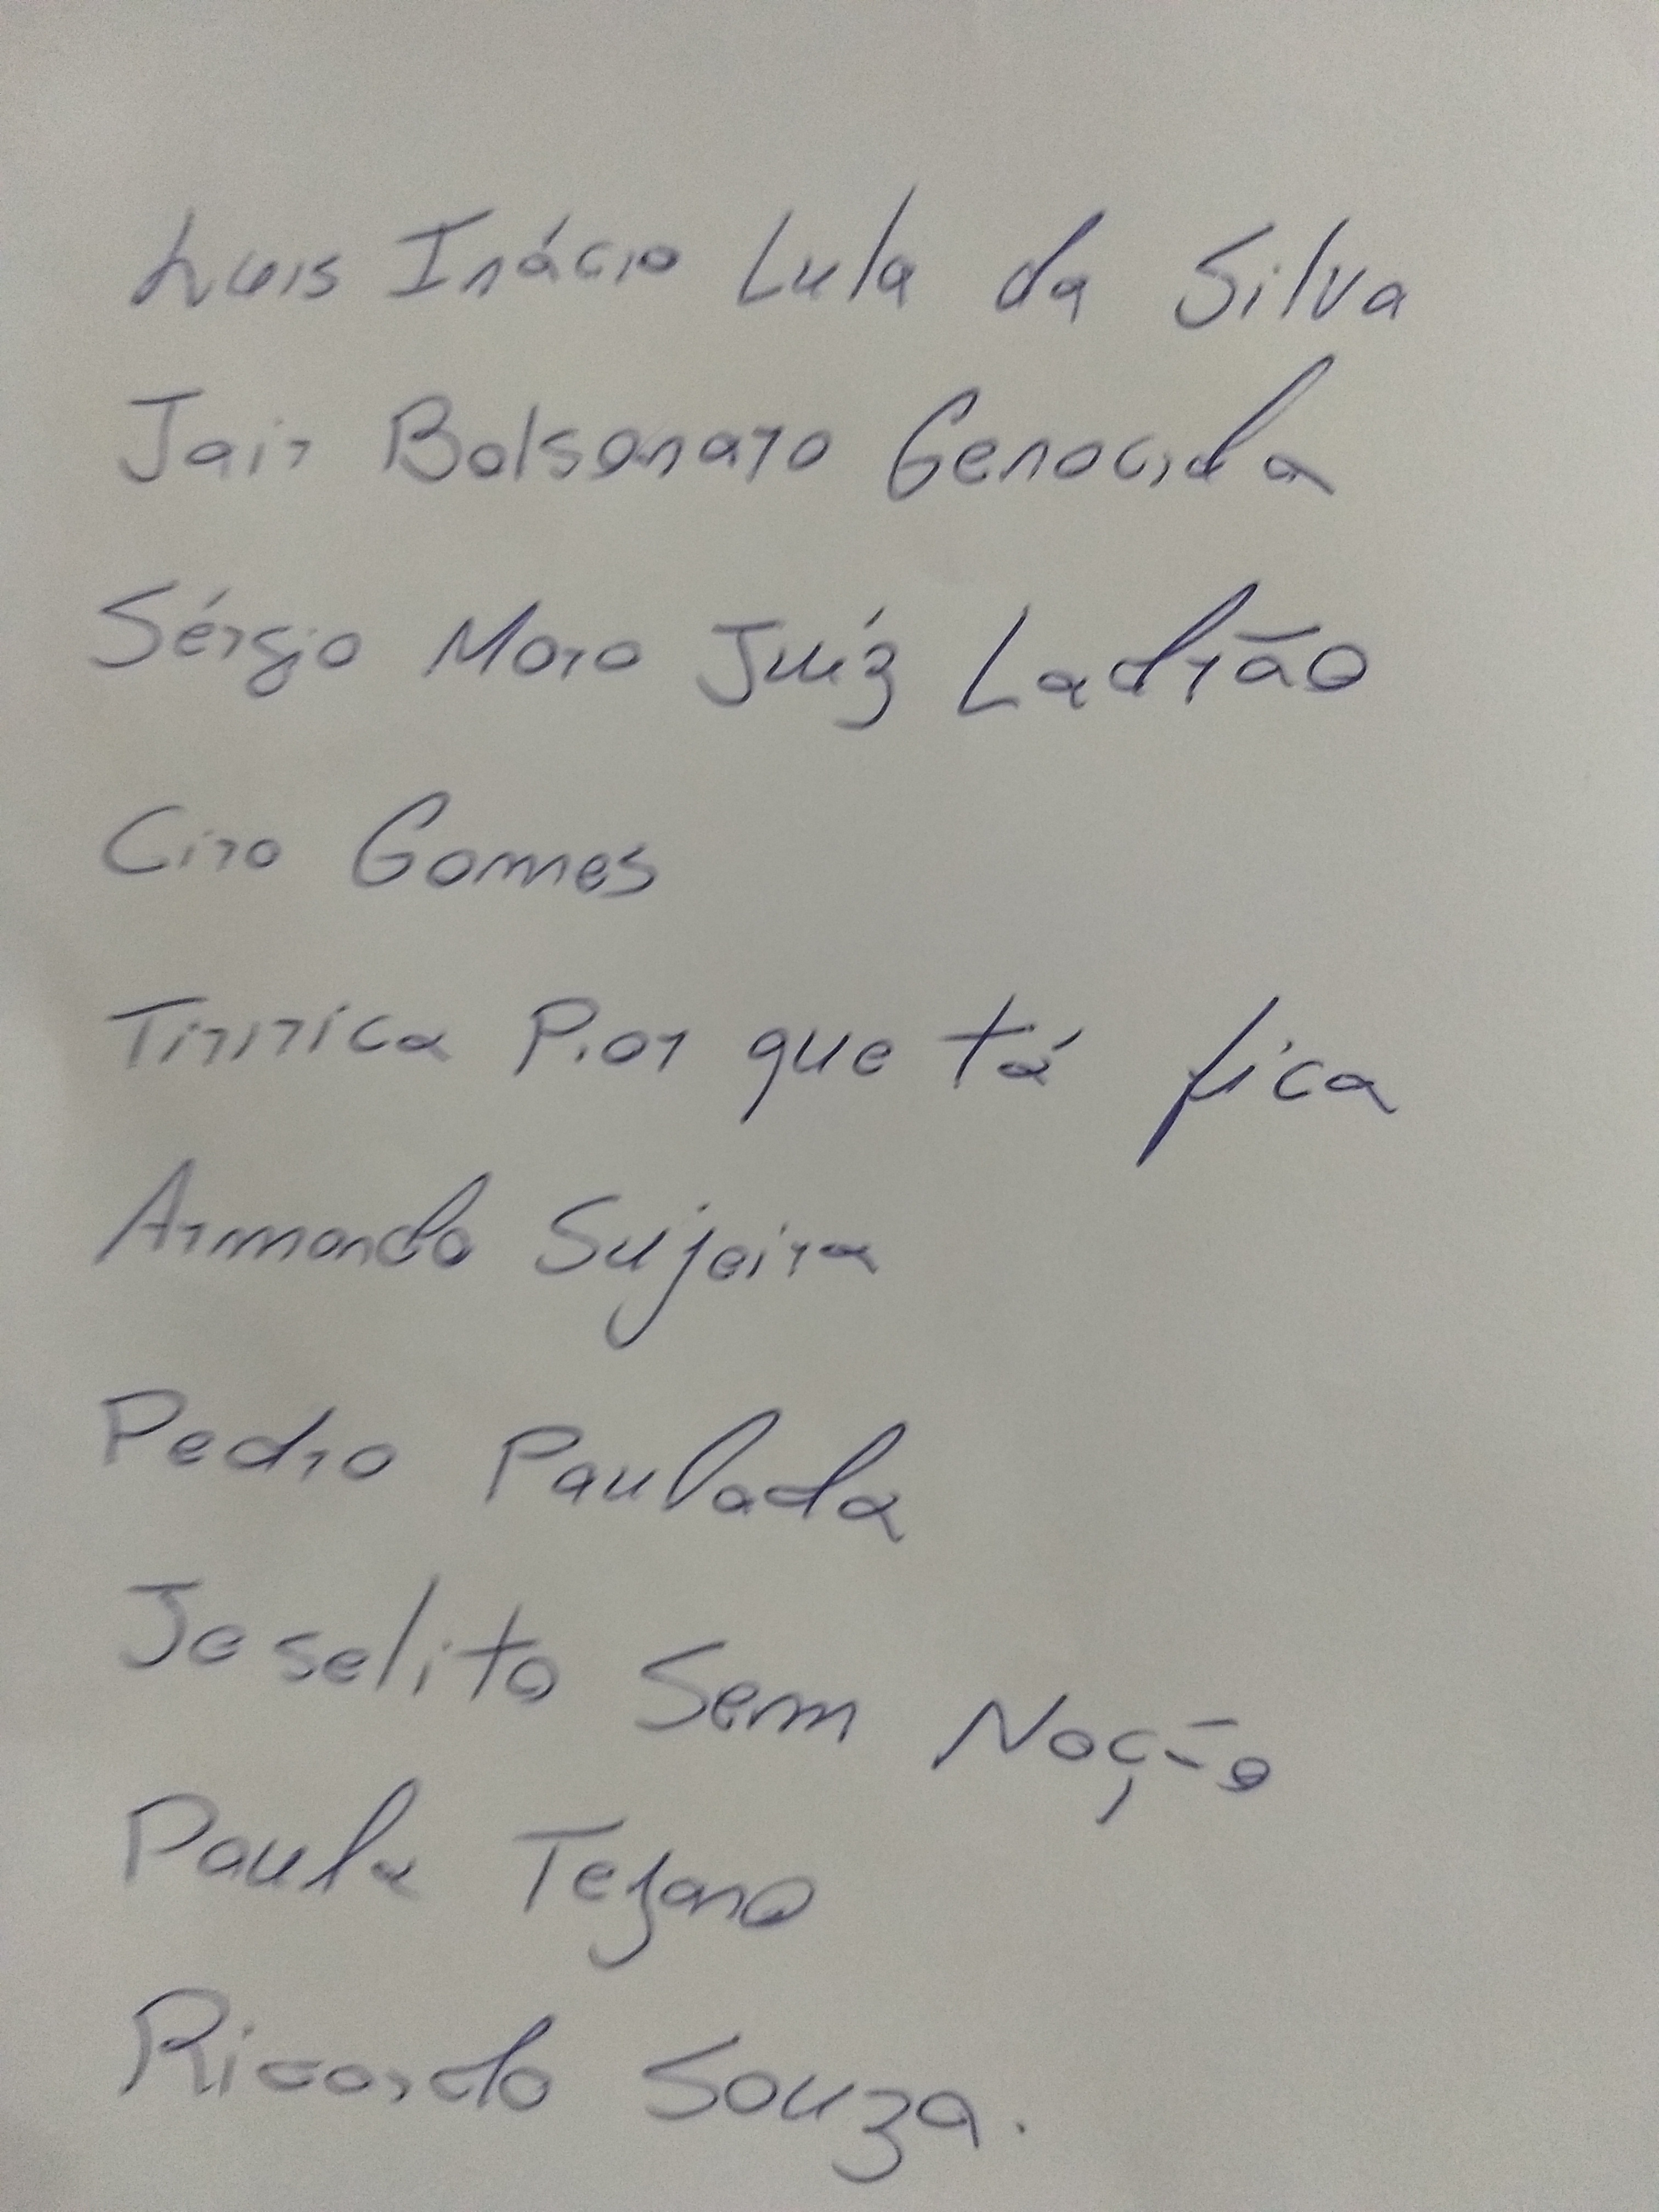
Signature authenticity: genuine